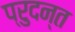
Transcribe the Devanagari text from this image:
प्रुदन्त